Madras plague regulations in force outside the Presidency town - Volume 6
Disease focus: Plague
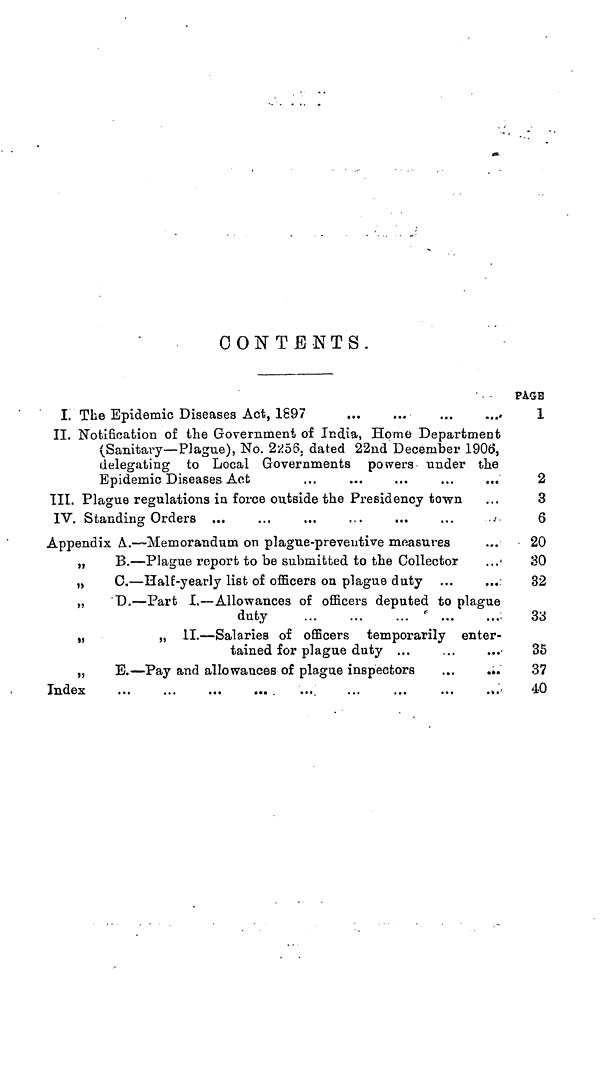
CONTENTS.
I. The Epidemic Diseases Act,
1897
II. Notification of the Government of India, Home Department
(Sanitary— Plague), No. 2256, dated 22nd December 1900,
delegating to Local Governments powers under the
Epidemic Diseases Act
III. Plague regulations in force outside the Presidency town
IV. Standing
Orders
Appendix A. — Memorandum on plague-preventive measures
„
B. — Plague report to be submitted to the Collector
„ C. — Half-yearly list of officers on plague duty
„
D. — Part I. — Allowances of officers deputed to plague
duty
„
„ II. — Salaries of officers temporarily enter-
tained for plague duty ...
„
E. — Pay and allowances of plague
inspectors
Index
PAGE
1
2
3
6
20
30
32
33
35
37
40